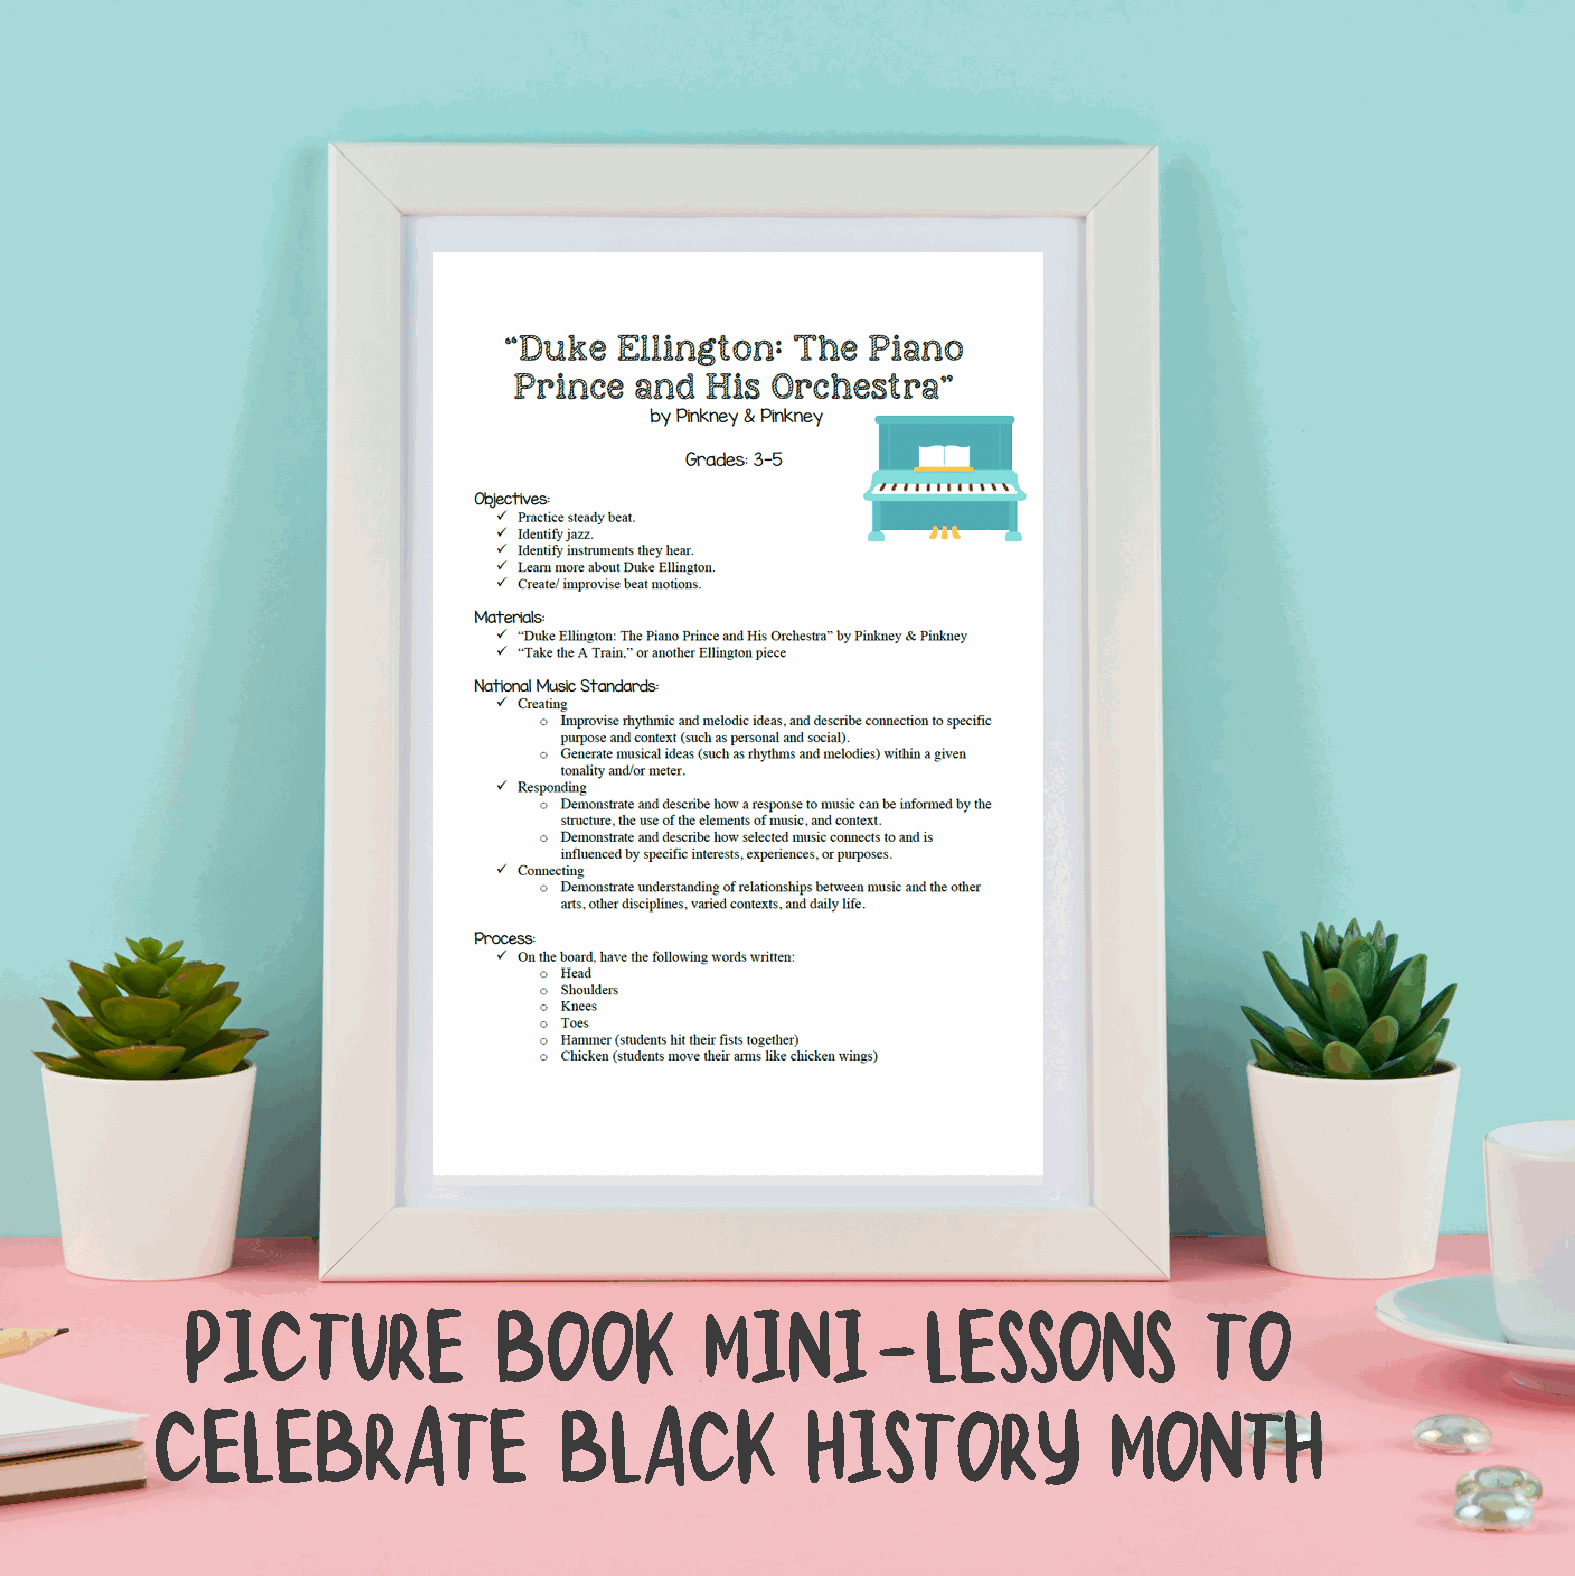
picture              book          mini-lessons                     to
 celebrate                  black           history              month